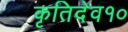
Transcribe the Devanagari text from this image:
कृतिदेव१०